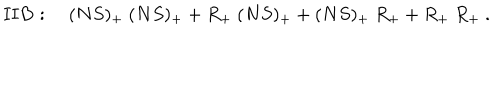
LaTeX: { \bf I I B } : \quad ( N S ) _ { + } \ ( N S ) _ { + } + R _ { + } \ ( N S ) _ { + } + ( N S ) _ { + } \ R _ { + } + R _ { + } \ R _ { + } \ .